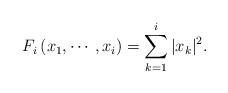
LaTeX: \begin{align*}F_{i}\left( x_{1},\cdots ,x_{i}\right) =\sum_{k=1}^{i}|x_{k}|^{2}.\end{align*}